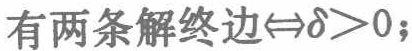
有两条解终边$\Leftrightarrow\delta > 0$;